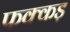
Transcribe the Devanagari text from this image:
फक्‍कड़